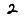
Digit: 2